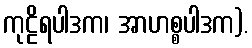
ကုဠိရပါဒက၊ အာဟစ္စပါဒက).